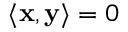
\langle \mathbf { x } , \mathbf { y } \rangle = 0